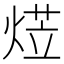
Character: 𭵋